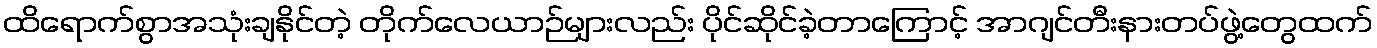
ထိရောက်စွာအသုံးချနိုင်တဲ့ တိုက်လေယာဉ်များလည်း ပိုင်ဆိုင်ခဲ့တာကြောင့် အာဂျင်တီးနားတပ်ဖွဲ့တွေထက်